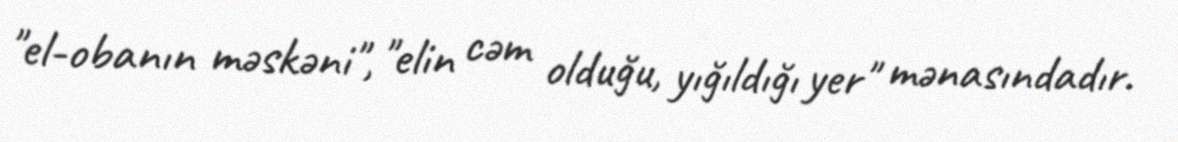
"el-obanın məskəni", "elin cəm olduğu, yığıldığı yer" mənasındadır.